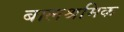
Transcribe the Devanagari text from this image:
बालश्रमिक